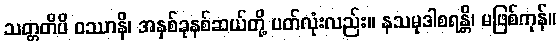
သတ္တတိပိ ဝဿာနိ၊ အနှစ်ခုနစ်ဆယ်တို့ ပတ်လုံးလည်း။ နသမုဒါစရန္တိ၊ မဖြစ်ကုန်။